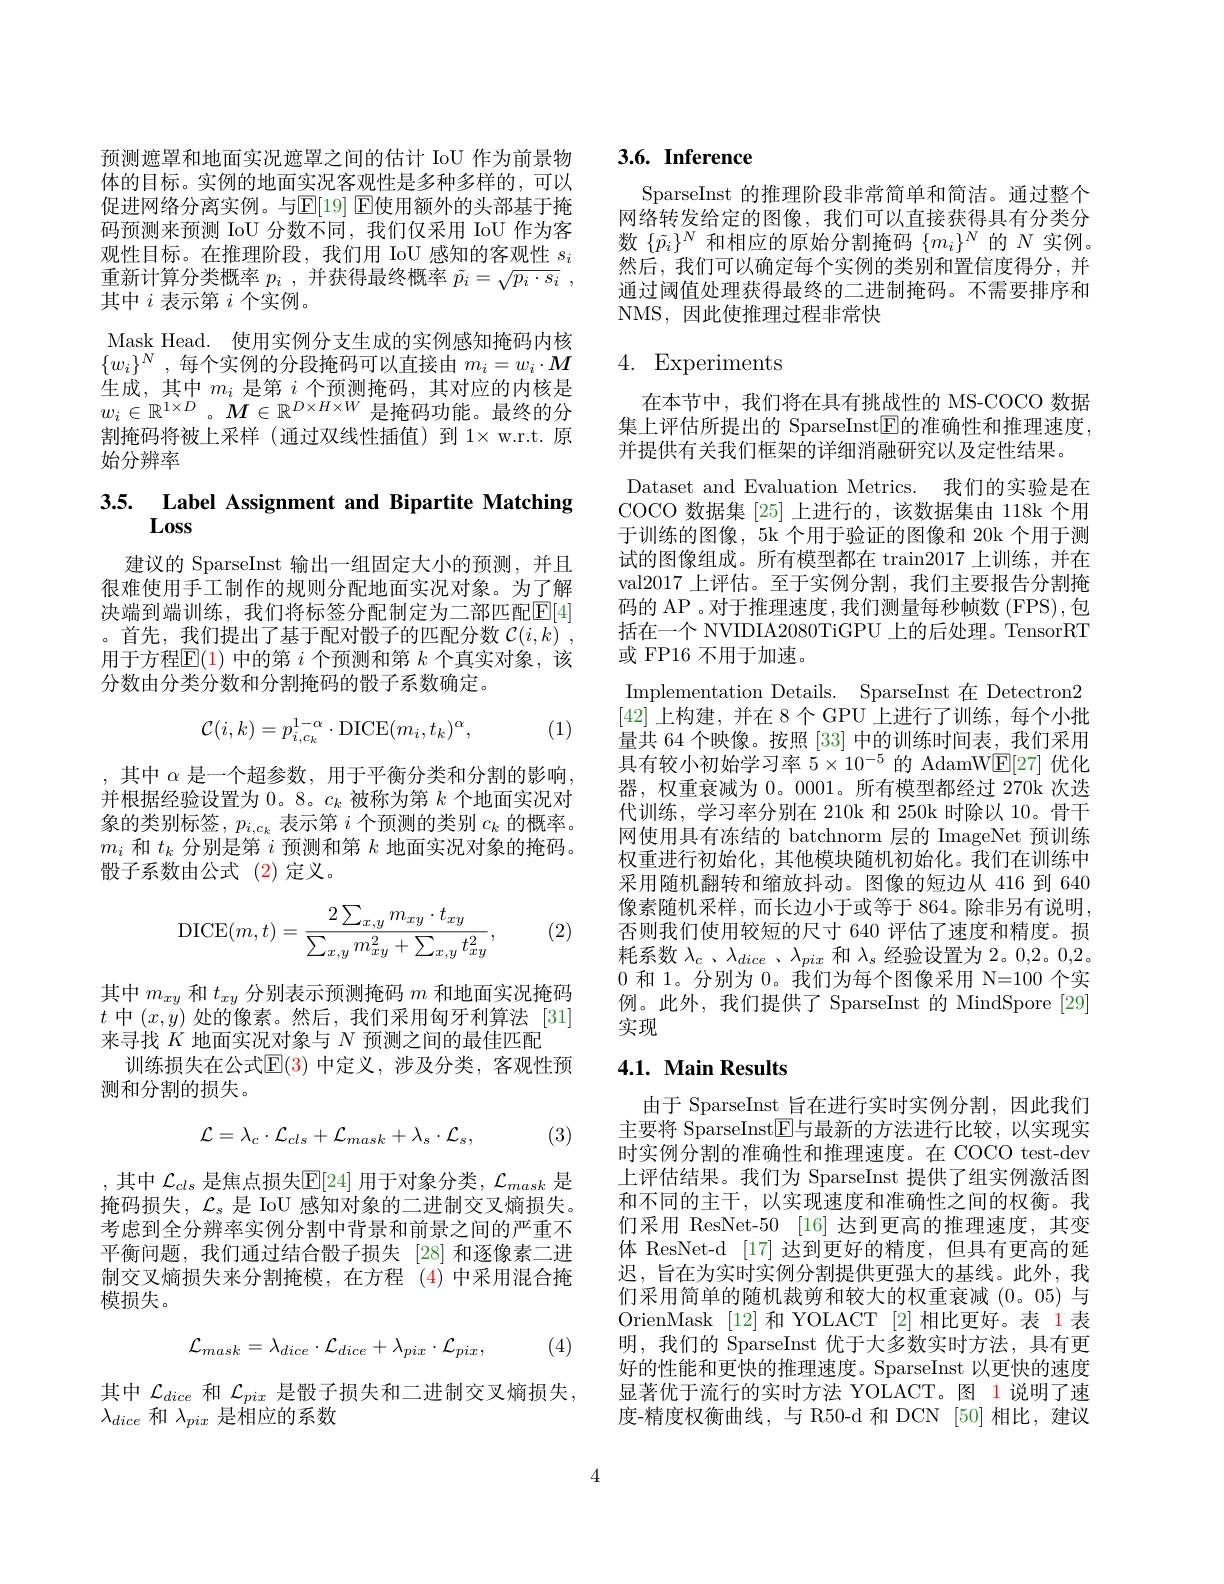
预测遮罩和地面实况遮罩之间的估计 IoU 作为前景物体的目标。实例的地面实况客观性是多种多样的，可以促进网络分离实例。与E[19] E使用额外的头部基于掩码预测来预测 IoU 分数不同，我们仅采用 IoU 作为客观性目标。在推理阶段，我们用 IoU 感知的客观性$s_i$ 重新计算分类概率$p_i$ ,并获得最终概率$\tilde{p} _i= \sqrt {p_i\cdot s_i}$ , 其中$i$表示第$i$个实例。
Mask Head. 使用实例分支生成的实例感知掩码内核$\{ w_i\} ^N$ , 每个实例的分段掩码可以直接由$m_i=w_i\cdot M$ 生成，其中$m_i$是第$i$个预测掩码，其对应的内核是$w_i\in\mathbb{R}^{1\times D}$。$M\in\mathbb{R}^D\times H\times W$是掩码功能。最终的分割掩码将被上采样(通过双线性插值)到1$\times w.r.t. 原$ 始分辨率

# 3.5. Label Assignment and Bipartite Matching

建议的 SparseInst 输出一组固定大小的预测，并且很难使用手工制作的规则分配地面实况对象。为了解决端到端训练，我们将标签分配制定为二部匹配$\mathbb{E}[4]$ 。首先，我们提出了基于配对骰子的匹配分数$\mathcal{C} ( i, k)$ , 用于方程$\mathbb{E}(1)$中的第$i$个预测和第$k$个真实对象，该分数由分类分数和分割掩码的骰子系数确定。
$$\mathcal{C}(i,k)=p_{i,c_k}^{1-\alpha}\cdot\mathrm{DICE}(m_i,t_k)^\alpha,$$
(1)

,其中$\alpha$是一个超参数，用于平衡分类和分割的影响， 并根据经验设置为 0。8。$c_k$被称为第$k$个地面实况对象的类别标签，$p_i,c_k$表示第$i$个预测的类别$c_k$的概率。$m_i$和$t_k$分别是第$i$预测和第$k$地面实况对象的掩码。骰子系数由公式(2)定义。
$$\mathrm{DICE}(m,t)=\frac{2\sum_{x,y}m_{xy}\cdot t_{xy}}{\sum_{x,y}m_{xy}^{2}+\sum_{x,y}t_{xy}^{2}},$$
(2)

其中$m_{xy}$和$t_{xy}$分别表示预测掩码$m$和地面实况掩码$t$中$(x,y)$处的像素。然后，我们采用匈牙利算法 [31] 来寻找$K$地面实况对象与$N$预测之间的最佳匹配
训练损失在公式$\mathbb{E}(3)$ 中定义，涉及分类，客观性预
测和分割的损失。
$$\mathcal{L}=\lambda_c\cdot\mathcal{L}_{cls}+\mathcal{L}_{mask}+\lambda_s\cdot\mathcal{L}_s,$$
(3)

,其中$\mathcal{L}_{cls}$是焦点损失$\mathbb{E}[24]$用于对象分类，$\mathcal{L}_{mask}$是掩码损失，$\mathcal{L}_s$是 IoU 感知对象的二进制交叉熵损失。考虑到全分辨率实例分割中背景和前景之间的严重不平衡问题，我们通过结合骰子损失 [28]和逐像素二进制交叉熵损失来分割掩模，在方程 (4)中采用混合掩模损失。

(4)
$$\mathcal{L}_{mask}=\lambda_{dice}\cdot\mathcal{L}_{dice}+\lambda_{pix}\cdot\mathcal{L}_{pix},$$
其中$\mathcal{L}_dice$和$\mathcal{L}_pix$是骰子损失和二进制交叉熵损失，
$\lambda_{dice}$和$\lambda_pix$是相应的系数

# 3.6. Inference

SparseInst 的推理阶段非常简单和简洁。通过整个网络转发给定的图像，我们可以直接获得具有分类分数$\{\tilde{p}_i\}^N$和相应的原始分割掩码$\{m_i\}^N$的$N$实例。然后，我们可以确定每个实例的类别和置信度得分，并通过阈值处理获得最终的二进制掩码。不需要排序和NMS,因此使推理过程非常快

## 4. Experiments

在本节中，我们将在具有挑战性的 MS-COCO 数据集上评估所提出的 SparseInst$\boxed{\mathrm{F}}$的准确性和推理速度， 并提供有关我们框架的详细消融研究以及定性结果。
Dataset and Evaluation Metrics. 我们的实验是在COCO 数据集[25]上进行的，该数据集由 118k 个用于训练的图像，5k 个用于验证的图像和 20k 个用于测试的图像组成。所有模型都在 train2017 上训练，并在val2017 上评估。至于实例分割，我们主要报告分割掩码的 AP 。对于推理速度 , 我们测量每秒帧数 (FPS),包括在一个 NVIDIA2080TiGPU 上的后处理。TensorRT 或 FP16 不用于加速。
Implementation Details. SparseInst 在 Detectron2 [42]上构建，并在 8个 GPU 上进行了训练，每个小批量共 64 个映像。按照[33]中的训练时间表，我们采用具有较小初始学习率$5\times10^{-5}$的 AdamWE[ 27] 优化器，权重衰减为0。0001。所有模型都经过 270k 次迭代训练，学习率分别在 210k 和 250k 时除以 10。骨干网使用具有冻结的 batchnorm 层的 ImageNet 预训练权重进行初始化，其他模块随机初始化。我们在训练中采用随机翻转和缩放抖动。图像的短边从 416 到 640像素随机采样，而长边小于或等于 864。除非另有说明， 否则我们使用较短的尺寸 640 评估了速度和精度。损耗系数$\lambda_c$ 、$\lambda_dice$ 、$\lambda_pix$和$\lambda_s$经验设置为 2。0,2。0,2。0和 1。分别为0。我们为每个图像采用 N=100 个实例。此外，我们提供了 SparseInst 的 MindSpore[29] 实现

## 4.1. Main Results

由于 SparseInst 旨在进行实时实例分割，因此我们主要将 SparseInst$\boxed{\mathrm{F}}$与最新的方法进行比较，以实现实时实例分割的准确性和推理速度。在 COCO test-dev 上评估结果。我们为 SparseInst 提供了组实例激活图和不同的主干，以实现速度和准确性之间的权衡。我们采用 ResNet-50 [16] 达到更高的推理速度，其变体 ResNet-d [17] 达到更好的精度，但具有更高的延迟，旨在为实时实例分割提供更强大的基线。此外，我们采用简单的随机裁剪和较大的权重衰减(0。05)与OrienMask [12]和 YOLACT [2]相比更好。表 1 表明，我们的 SparseInst 优于大多数实时方法，具有更好的性能和更快的推理速度。SparseInst 以更快的速度显著优于流行的实时方法 YOLACT。图 1说明了速度-精度权衡曲线，与 R50-d 和 DCN [50]相比，建议

4